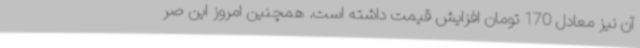
آن نیز معادل 170 تومان افزایش قیمت داشته است. همچنین امروز این صر